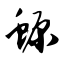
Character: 螈